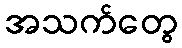
အသက်တွေ